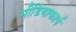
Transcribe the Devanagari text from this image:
मीडियाकार्प